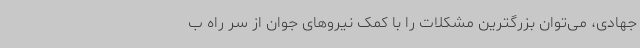
جهادی، می‌توان بزرگترین مشکلات را با کمک نیروهای جوان از سر راه ب